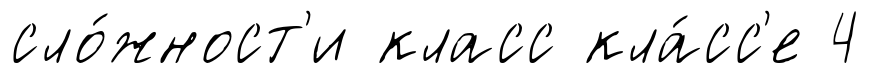
сло́жност'и класс кла́сс'е 4